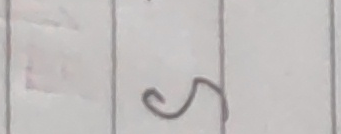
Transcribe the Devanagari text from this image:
५